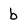
Character: b